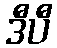
ဒီပီ